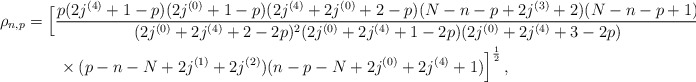
\begin{align*}\rho_{n,p} &= \Big[{\frac{p(2j^{(4)}+1-p)(2j^{(0)}+1-p)(2j^{(4)}+2j^{(0)}+2-p)(N-n-p+2j^{(3)}+2)(N-n-p+1) }{(2j^{(0)}+2j^{(4)} +2-2p)^2(2j^{(0)}+2j^{(4)}+1-2p)(2j^{(0)}+2j^{(4)}+3-2p) } } \\ &\qquad\times { (p-n-N+2j^{(1)}+2j^{(2)})(n-p-N +2j^{(0)}+2j^{(4)}+1) }\Big]^{\frac12}\,, \end{align*}